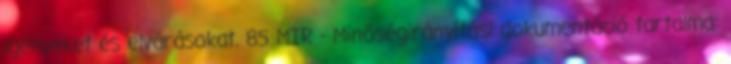
igényeket és elvárásokat. 85 MIR - Minőségirányítási dokumentáció tartalma: